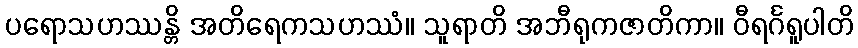
ပရောသဟဿန္တိ အတိရေကသဟဿံ။ သူရာတိ အဘီရုကဇာတိကာ။ ဝီရင်္ဂရူပါတိ